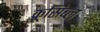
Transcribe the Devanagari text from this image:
क्रूसिब्ल